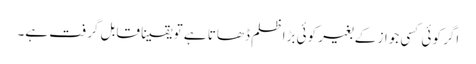
اگر کوئی کسی جواز کے بغیر کوئی بڑا ظلم ڈھاتا ہے تو یقینا قابل گرفت ہے۔